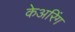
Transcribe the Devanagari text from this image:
केअरिंग